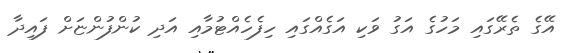
އޭގެ ތެރޭގައި މަހުގެ އަގު ވަކި އަގެއްގައި ހިފެހެއްޓުމާއި އަދި ކުންފުންޏަށް ފައިދާ